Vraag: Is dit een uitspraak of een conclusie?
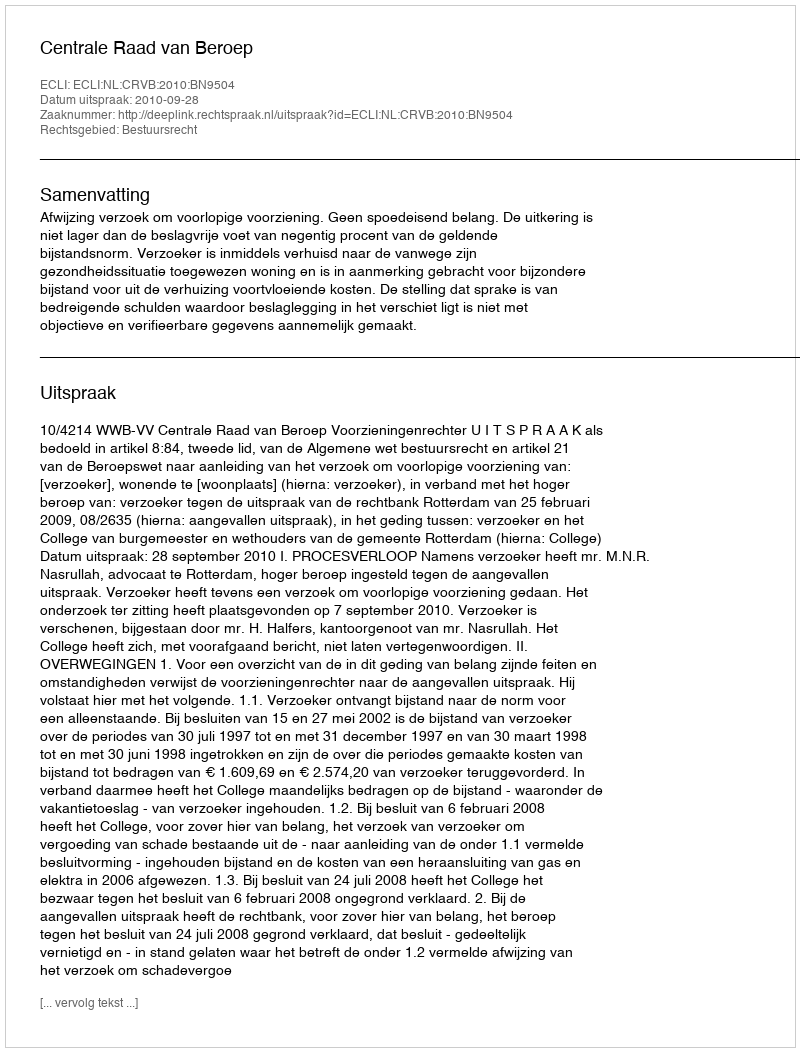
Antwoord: Uitspraak